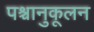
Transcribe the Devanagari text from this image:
पश्चानुकूलन